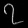
Digit: ၇